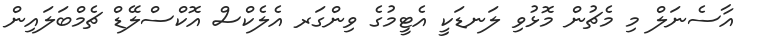
އާސެނަލް މި މެޗުން މޮޅުވި ލަނޑަކީ އެޓީމުގެ ވިންގަރ އެލެކްސް އޮކްސްލޭޑް ޗެމްބަލައިން